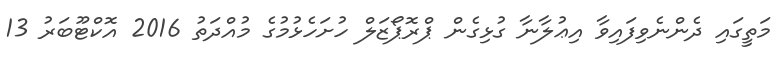
މަތީގައި ދެންނެވިފައިވާ އިޢުލާނާ ގުޅިގެން ޕްރޮޕޯޒަލް ހުށަހެޅުމުގެ މުއްދަތު 2016 އޮކްޓޫބަރު 13